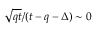
\sqrt { q t } / ( t - q - \Delta ) \sim 0